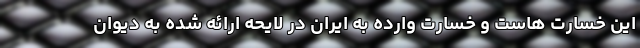
این خسارت هاست و خسارت وارده به ایران در لایحه ارائه شده به دیوان